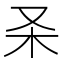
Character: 𰗑